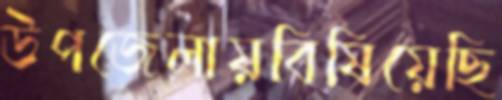
উপজেলায়বিষিয়েছি